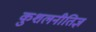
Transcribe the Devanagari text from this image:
कुशलनीतिज्ञ